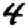
Digit: 4